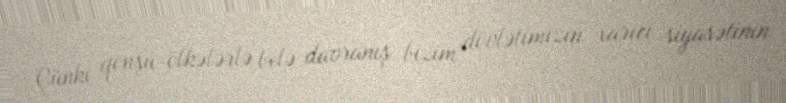
Çünki qonşu ölkələrlə belə davranış bizim dövlətimizin xarici siyasətinin